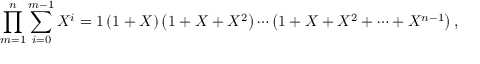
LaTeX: \prod _ { m = 1 } ^ { n } \sum _ { i = 0 } ^ { m - 1 } X ^ { i } = 1 \left( 1 + X \right) \left( 1 + X + X ^ { 2 } \right) \cdots \left( 1 + X + X ^ { 2 } + \cdots + X ^ { n - 1 } \right) ,